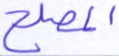
المصلح